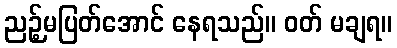
ညဉ့်မပြတ်အောင် နေရသည်။ ဝတ် မချရ။